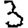
Digit: 3